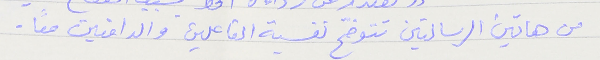
من هاتين الرسالتين تتوضّح نفسية الفاعلين والدافعين معاً .